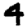
Digit: 4